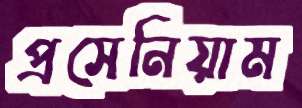
প্রসেনিয়াম